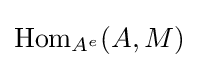
\operatorname {Hom} _{A^{e}}(A,M)